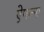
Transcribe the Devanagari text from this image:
ऐपल्स